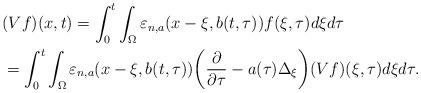
LaTeX: \begin{align*}&(Vf)(x,t)=\int_{0}^{t}\int_{\Omega}\varepsilon_{n, a}(x-\xi,b(t,\tau))f(\xi,\tau)d\xi d\tau\\&=\int_{0}^{t}\int_{\Omega}\varepsilon_{n, a}(x-\xi,b(t,\tau))\bigg(\frac{\partial }{\partial \tau}-a(\tau)\Delta_{\xi}\bigg)(Vf)(\xi,\tau)d\xi d\tau.\end{align*}